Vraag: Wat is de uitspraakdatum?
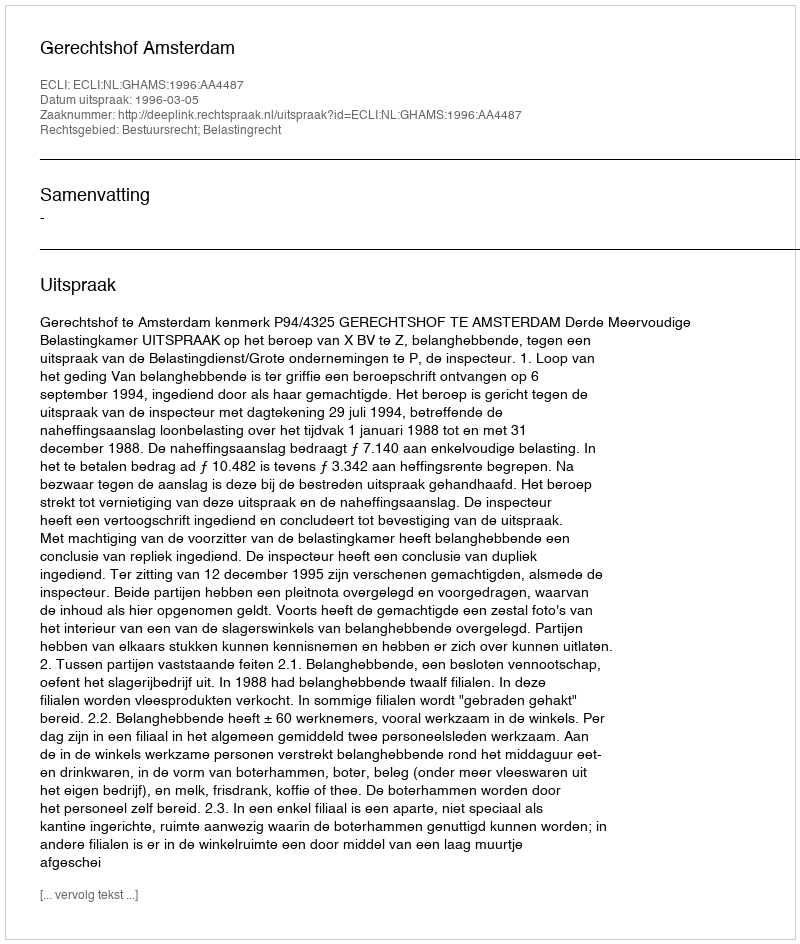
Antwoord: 1996-03-05